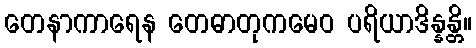
တေနာကာရေန တေဓာတုကမေဝ ပရိယာဒိန္နန္တိ။